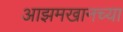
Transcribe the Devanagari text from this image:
आझमखानच्या